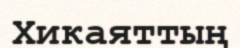
Хикаяттың